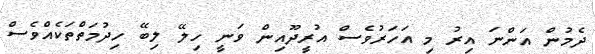
ދެމުން އަންނަ އިރު މި އަހަރުވެސް އުރީދޫއިން ވަނީ ހިލޭ ލިބޭ ހިދުމަތްތަކެއްވެސް